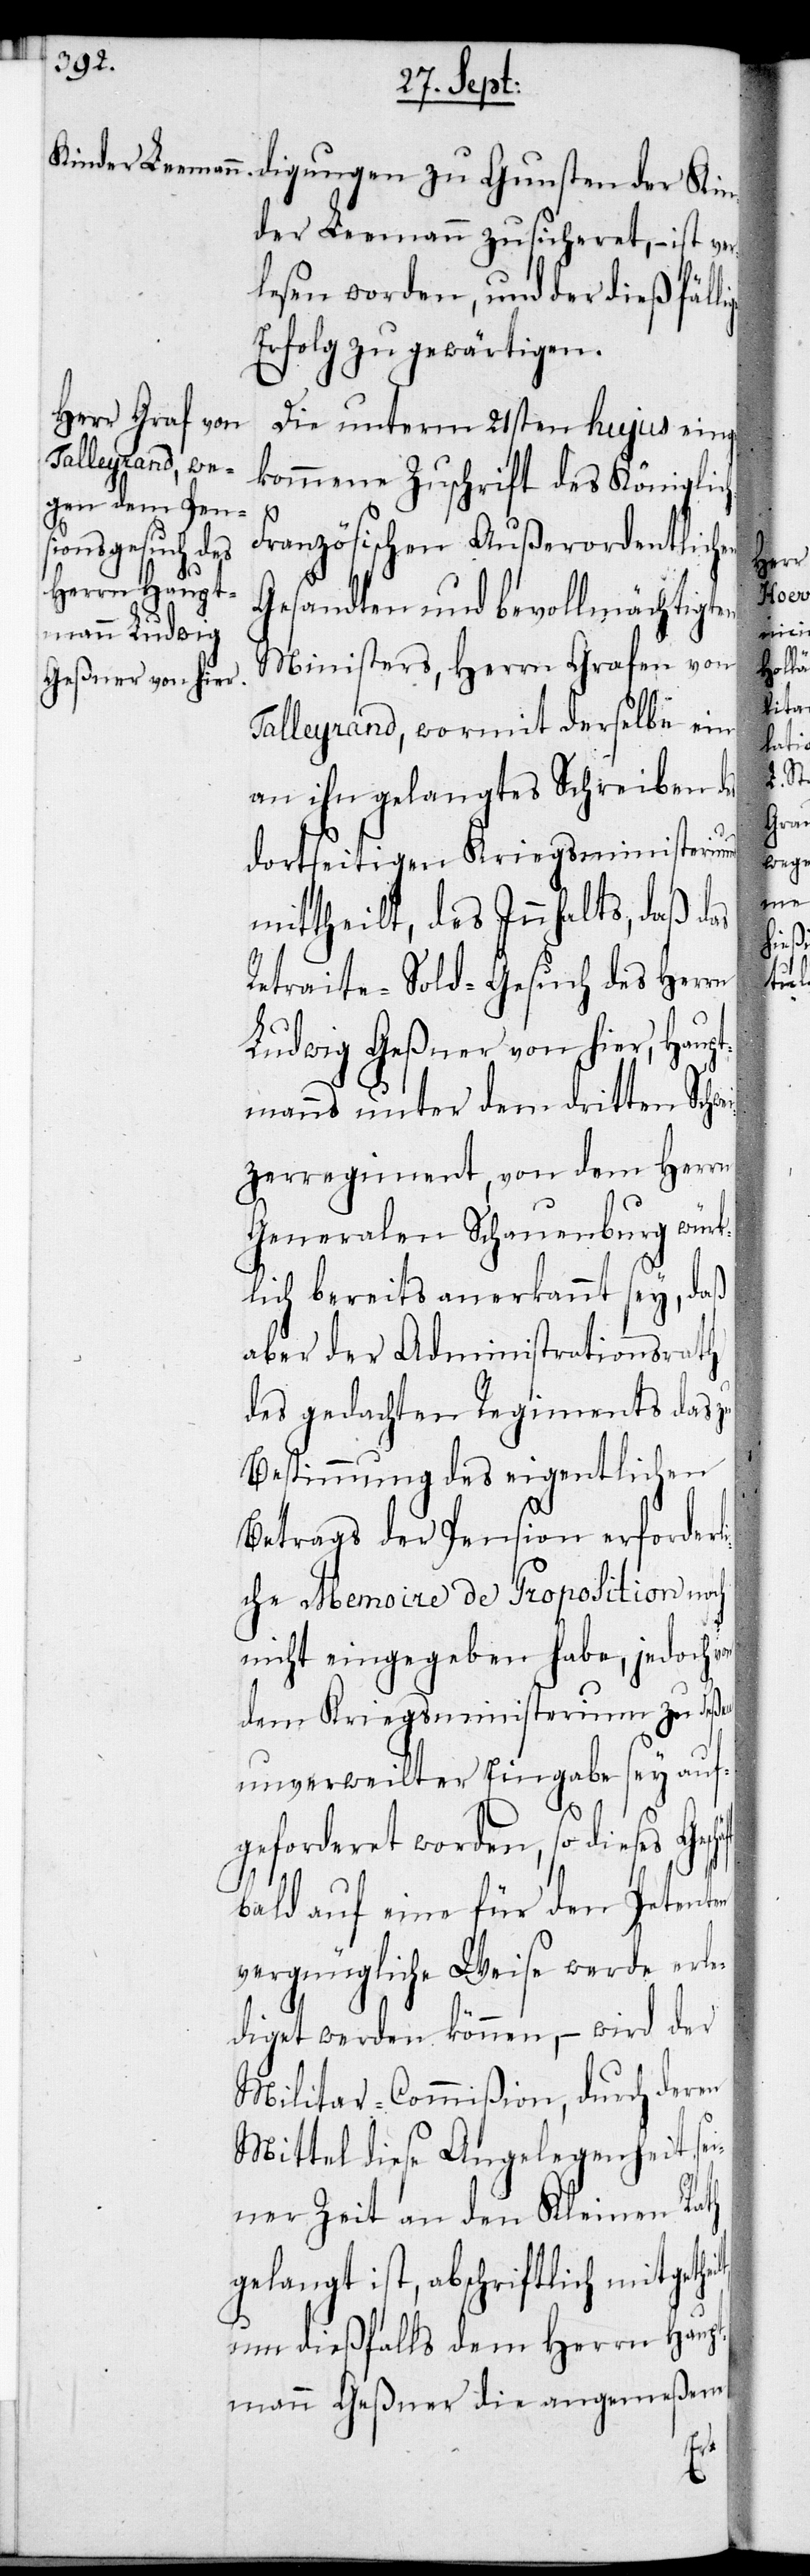
der Leemann zusicheret, – ist ver¬
lesen worden, und der dießfällige
Erfolg zu gewärtigen.
Die unterm 21sten hujus einge¬
kommene Zuschrift des Königlic¬
ranzösischen Außerordentlichen
Gesandten und bevollmächtigten
Ministers, Herrn Grafen von
Talleyrand, wormit derselbe ein
an ihn gelangtes Schreiben des
dortseitigen Kriegsministeriu¬
mittheilt, des Innhalts, daß d¬
Retraite-Sold-Gesuch des Herrn
Ludwig Geßner von hier, Haupt¬
manns unter dem dritten Schwe¬
izerregiment, von dem Herrn
Generalen Schauenburg würk¬
lich bereits anerkannt sey, daß
aber der Administrationsrath
des gedachten Regiments das zu
Bestimmung des eigentlichen
Betrags der Pension erforderli¬
che Memoire de Proposition noch
nicht eingegeben habe, jedoch von
dem Kriegsministerium zu deßen
unverweilter Eingabe sey auf¬
geforderet worden, so dieses
bald auf eine für den Petenten
vergnügliche Weise werde erle¬
diget werden können, – wird der
Militar-Commißion, durch deren
Mittel diese Angelegenheit se¬
iner Zeit an den Kleinen Rath
gelangt ist, abschriftlich mitgeth¬
um dießfalls dem Herrn Haupt¬
mann Geßner die angemeßene
ei¬

lt,
ms